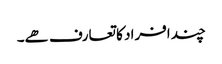
چند افراد کا تعارف ھے۔